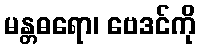
မန္တဓရော၊ ဗေဒင်ကို